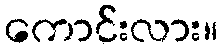
ကောင်းလား။